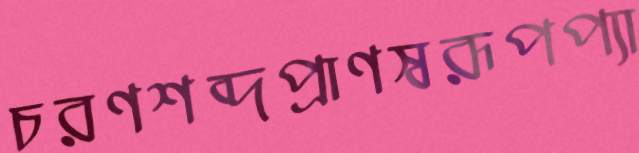
চরণশব্দপ্রাণস্বরূপপ্যা